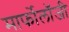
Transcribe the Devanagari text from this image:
मार्फोलॉजी